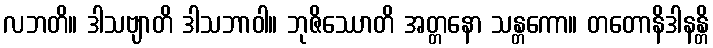
လဘတိ။ ဒါသဗျာတိ ဒါသဘာဝါ။ ဘုဇိဿောတိ အတ္တနော သန္တကော။ တတောနိဒါနန္တိ